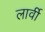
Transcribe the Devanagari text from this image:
लार्वी